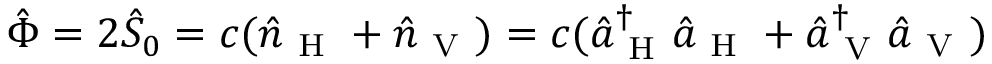
\hat { \Phi } = 2 \hat { S } _ { 0 } = c ( \hat { n } _ { \mathrm { ~ H ~ } } + \hat { n } _ { \mathrm { ~ V ~ } } ) = c ( \hat { a } _ { \mathrm { ~ H ~ } } ^ { \dagger } \hat { a } _ { \mathrm { ~ H ~ } } + \hat { a } _ { \mathrm { ~ V ~ } } ^ { \dagger } \hat { a } _ { \mathrm { ~ V ~ } } )